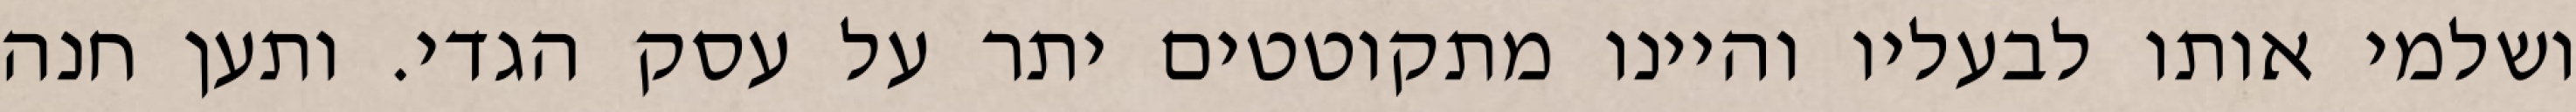
ושלמי אותו לבעליו והיינו מתקוטטים יתר על עסק הגדי. ותען חנה